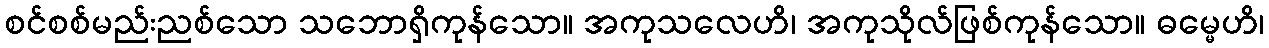
စင်စစ်မည်းညစ်သော သဘောရှိကုန်သော။ အကုသလေဟိ၊ အကုသိုလ်ဖြစ်ကုန်သော။ ဓမ္မေဟိ၊